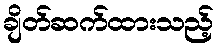
ချိတ်ဆက်ထားသည့်